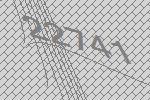
22741